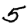
Digit: 5